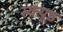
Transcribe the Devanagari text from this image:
स्क्यूड